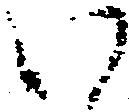
い